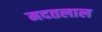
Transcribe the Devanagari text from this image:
मदतलाल